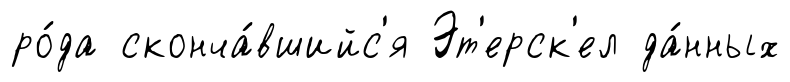
ро́да сконча́вшийс'я Эт'ерск'ел да́нных